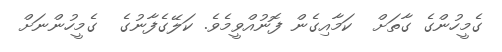
ގެމީހުންގެ ގާތަށް  ކަމާއިގެން ފޮނުއްވީމެވެ. ކަލޭގެފާނުގެ  ގެމީހުންނަށް